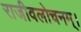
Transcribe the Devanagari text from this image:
राजीवलोचनम्‌।